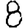
Digit: 8